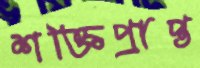
শক্তিপ্রাপ্ত